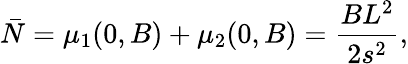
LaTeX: \bar{N}=\mu_{1}(0,B)+\mu_{2}(0,B)=\frac{BL^{2}}{2s^{2}},